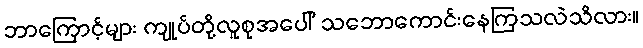
ဘာကြောင့်များ ကျုပ်တို့လူစုအပေါ် သဘောကောင်းနေကြသလဲသိလား။